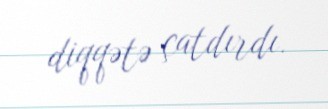
diqqətə çatdırdı.